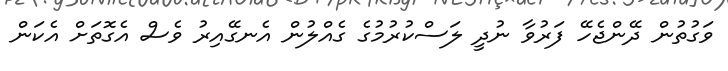
ވަގުތުން ދޭންޖެހޭ ފަރުވާ ނުދީ ލަސްކުރުމުގެ ގެއްލުން އެނގޭއިރު ވެސް އެގޮތަށް އެކަން